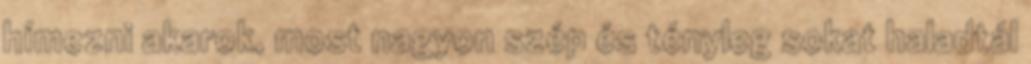
hímezni akarok, most nagyon szép és tényleg sokat haladtál